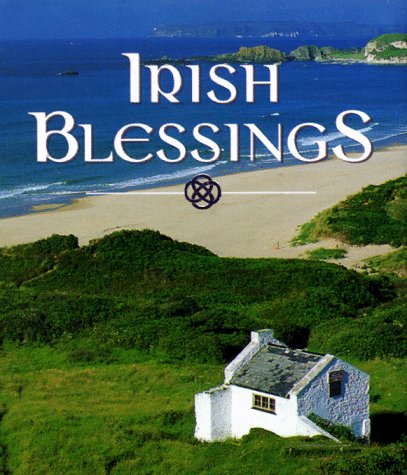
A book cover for Irish Blessings (Miniature Editions); Ashley Shannon; Christian Books & Bibles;